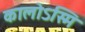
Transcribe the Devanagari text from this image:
कालोऽस्मि